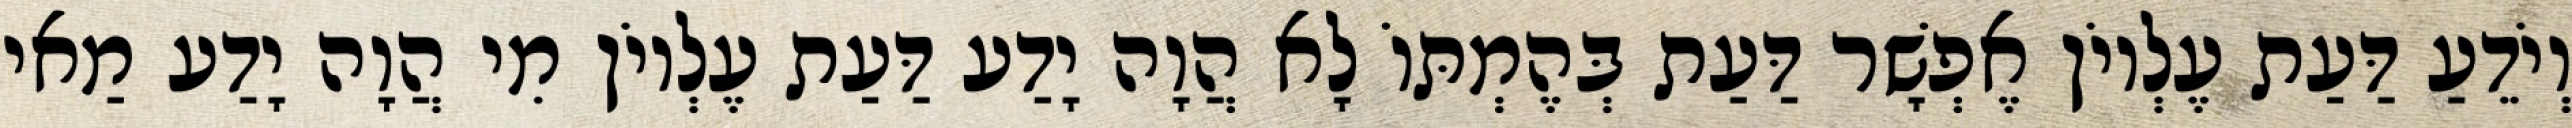
וְיֹדֵעַ דַּעַת עֶלְיוֹן אֶפְשָׁר דַּעַת בְּהֶמְתּוֹ לָא הֲוָה יָדַע דַּעַת עֶלְיוֹן מִי הֲוָה יָדַע מַאי